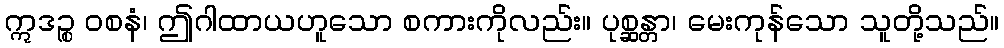
ဣဒဉ္စ ဝစနံ၊ ဤဂါထာယဟူသော စကားကိုလည်း။ ပုစ္ဆန္တာ၊ မေးကုန်သော သူတို့သည်။